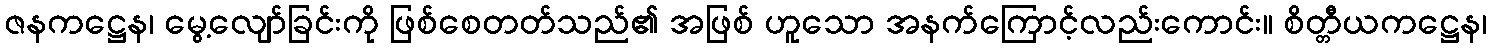
ဇနကဋ္ဌေန၊ မွေ့လျော်ခြင်းကို ဖြစ်စေတတ်သည်၏ အဖြစ် ဟူသော အနက်ကြောင့်လည်းကောင်း။ စိတ္တီယကဋ္ဌေန၊